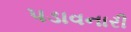
પડાવનારી